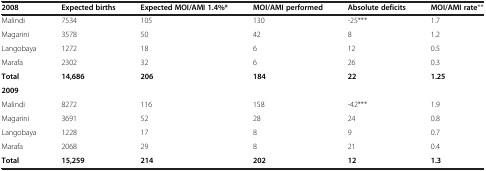
| 2008 | Expected births | Expected MOI/AMI 1.4%* | MOI/AMI performed | Absolute deficits | MOI/AMI rate** |
 | --- | --- | --- | --- | --- | --- |
 | Malindi | 7534 | 105 | 130 | -25*** | 1.7 |
 | Magarini | 3578 | 50 | 42 | 8 | 1.2 |
 | Langobaya | 1272 | 18 | 6 | 12 | 0.5 |
 | Marafa | 2302 | 32 | 6 | 26 | 0.3 |
 | Total | 14,686 | 206 | 184 | 22 | 1.25 |
 | <COLSPAN=6> 2009 |
 | Malindi | 8272 | 116 | 158 | -42*** | 1.9 |
 | Magarini | 3691 | 52 | 28 | 24 | 0.8 |
 | Langobaya | 1228 | 17 | 8 | 9 | 0.7 |
 | Marafa | 2068 | 29 | 8 | 21 | 0.4 |
 | Total | 15,259 | 214 | 202 | 12 | 1.3 |